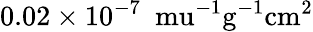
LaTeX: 0.02\times 10^{-7}~\mathrm{\ mu^{-1}g^{-1}cm^{2}}